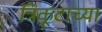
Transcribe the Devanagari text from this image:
त्रिकूटाच्या